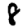
Digit: 8